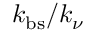
k _ { \mathrm { b s } } / k _ { \nu }